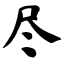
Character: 尽